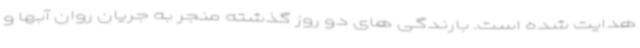
هدایت شده است. بارندگی های دو روز گذشته منجر به جریان روان آبها و